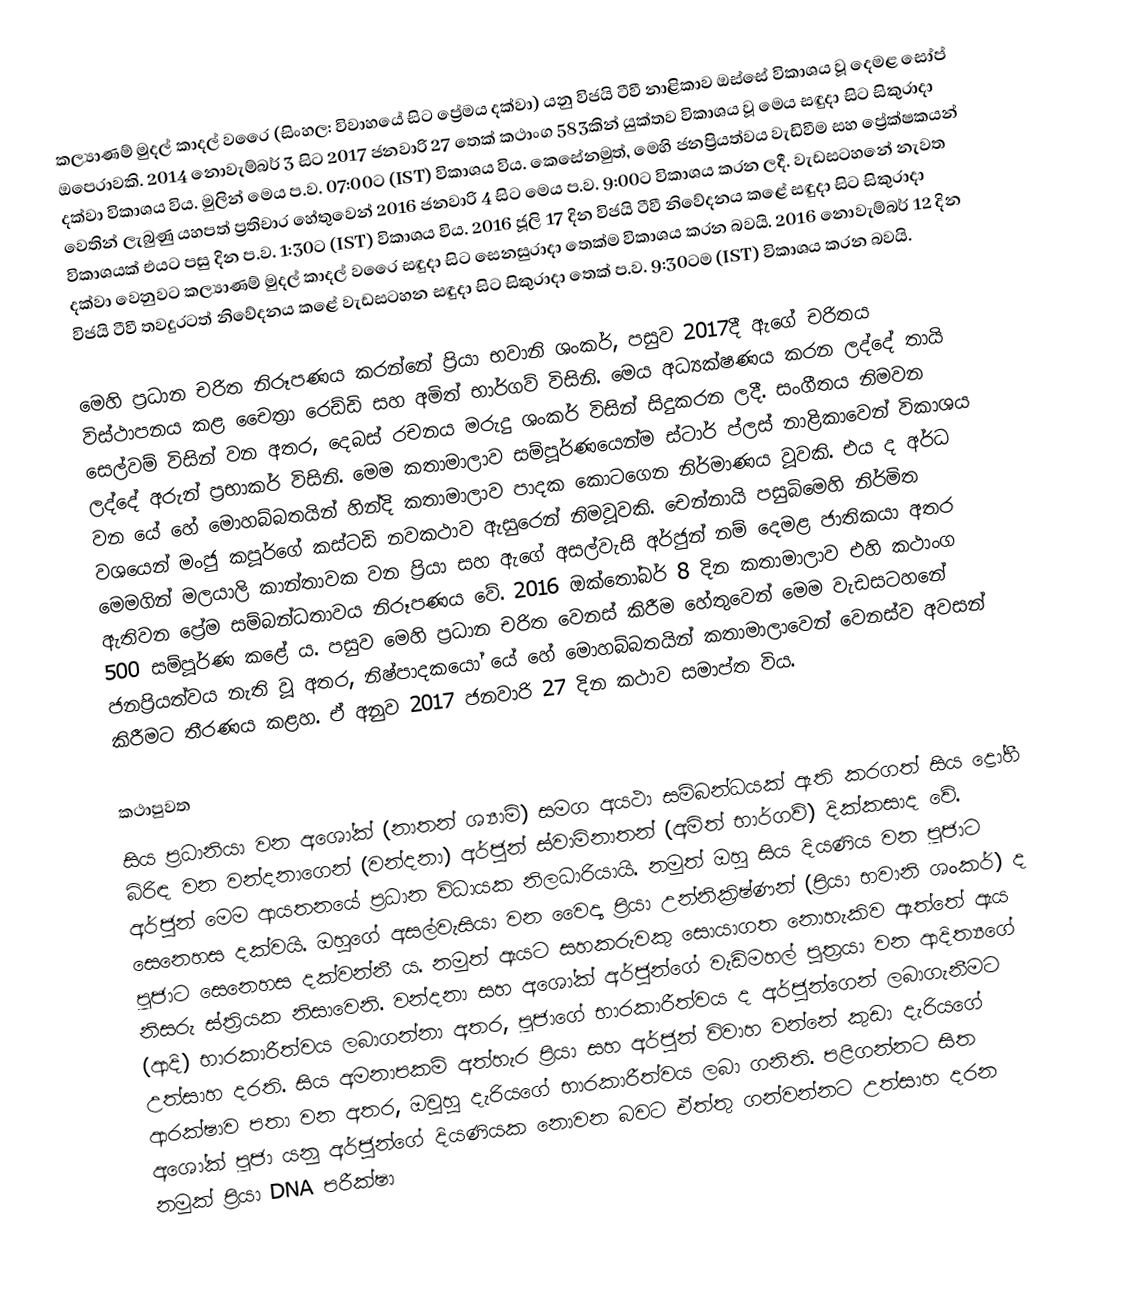
කල්‍යාණම් මුදල් කාදල් වරෛ (සිංහල: විවාහයේ සිට ප්‍රේමය දක්වා) යනු විජයි ටීවී නාළිකාව ඔස්සේ විකාශය වූ දෙමළ සෝප් ඔපෙරාවකි. 2014 නොවැම්බර් 3 සිට 2017 ජනවාරි 27 තෙක් කථාංග 583කින් යුක්තව විකාශය වූ මෙය සඳුදා සිට සිකුරාදා දක්වා විකාශය විය. මුලින් මෙය ප.ව. 07:00ට (IST) විකාශය විය. කෙසේනමුත්, මෙහි ජනප්‍රියත්වය වැඩිවීම සහ ප්‍රේක්ෂකයන් වෙතින් ලැබුණු යහපත් ප්‍රතිචාර හේතුවෙන් 2016 ජනවාරි 4 සිට මෙය ප.ව. 9:00ට විකාශය කරන ලදී. වැඩසටහනේ නැවත විකාශයක් එයට පසු දින ප.ව. 1:30ට (IST) විකාශය විය. 2016 ජූලි 17 දින විජයි ටීවී නිවේදනය කළේ සඳුදා සිට සිකුරාදා දක්වා වෙනුවට කල්‍යාණම් මුදල් කාදල් වරෛ සඳුදා සිට සෙනසුරාදා තෙක්ම විකාශය කරන බවයි. 2016 නොවැම්බර් 12 දින විජයි ටීවී තවදුරටත් නිවේදනය කළේ වැඩසටහන සඳුදා සිට සිකුරාදා තෙක් ප.ව. 9:30ටම (IST) විකාශය කරන බවයි.

මෙහි ප්‍රධාන චරිත නිරූපණය කරන්නේ ප්‍රියා භවානි ශංකර්, පසුව 2017දී ඇගේ චරිතය විස්ථාපනය කළ චෛත්‍රා රෙඩ්ඩි සහ අමිත් භාර්ගව් විසිනි. මෙය අධ්‍යක්ෂණය කරන ලද්දේ තායි සෙල්වම් විසින් වන අතර, දෙබස් රචනය මරුදු ශංකර් විසින් සිදුකරන ලදී. සංගීතය නිමවන ලද්දේ අරුන් ප්‍රභාකර් විසිනි. මෙම කතාමාලාව සම්පූර්ණයෙන්ම ස්ටාර් ප්ලස් නාළිකාවෙන් විකාශය වන යේ හේ මොහබ්බතයින් හින්දි කතාමාලාව පාදක කොටගෙන නිර්මාණය වූවකි. එය ද අර්ධ වශයෙන් මංජු කපූර්ගේ කස්ටඩි නවකථාව ඇසුරෙන් නිමවූවකි. චෙන්නායි පසුබිමෙහි නිර්මිත මෙමගින් මලයාලි කාන්තාවක වන ප්‍රියා සහ ඇගේ අසල්වැසි අර්ජුන් නම් දෙමළ ජාතිකයා අතර ඇතිවන ප්‍රේම සම්බන්ධතාවය නිරූපණය වේ. 2016 ඔක්තෝබර් 8 දින කතාමාලාව එහි කථාංග 500 සම්පූර්ණ කළේ ය. පසුව මෙහි ප්‍රධාන චරිත වෙනස් කිරීම හේතුවෙන් මෙම වැඩසටහනේ ජනප්‍රියත්වය නැති වූ අතර, නිෂ්පාදකයෝ යේ හේ මොහබ්බතයින් කතාමාලාවෙන් වෙනස්ව අවසන් කිරීමට තීරණය කළහ. ඒ අනුව 2017 ජනවාරි 27 දින කථාව සමාප්ත විය.

කථාපුවත
සිය ප්‍රධානියා වන අශෝක් (නාතන් ශ්‍යාම්) සමග අයථා සම්බන්ධයක් ඇති කරගත් සිය ද්‍රෝහී බිරිඳ වන වන්දනාගෙන් (වන්දනා) අර්ජුන් ස්වාමිනාතන් (අමිත් භාර්ගව්) දික්කසාද වේ. අර්ජුන්‍ මෙම ආයතනයේ ප්‍රධාන විධායක නිලධාරියායි. නමුත් ඔහු සිය දියණිය වන පූජාට සෙනෙහස දක්වයි. ඔහුගේ අසල්වැසියා වන වෛද්‍ය ප්‍රියා උන්නික්‍රිෂ්ණන් (ප්‍රියා භවානි ශංකර්) ද පූජාට සෙනෙහස දක්වන්නී ය. නමුත් ඇයට සහකරුවකු සොයාගත නොහැකිව ඇත්තේ ඇය නිසරු ස්ත්‍රියක නිසාවෙනි. වන්දනා සහ අශෝක් අර්ජුන්ගේ වැඩිමහල් පුත්‍රයා වන ආදිත්‍යගේ (ආදි) භාරකාරීත්වය ලබාගන්නා අතර, පූජාගේ භාරකාරීත්වය ද අර්ජුන්ගෙන් ලබාගැනීමට උත්සාහ දරති. සිය අමනාපකම් අත්හැර ප්‍රියා සහ අර්ජුන් විවාහ වන්නේ කුඩා දැරියගේ ආරක්ෂාව පතා වන අතර, ඔවුහු දැරියගේ භාරකාරීත්වය ලබා ගනිති. පළිගන්නට සිත අශෝක් පූජා යනු අර්ජුන්ගේ දියණියක නොවන බවට ඒත්තු ගන්වන්නට උත්සාහ දරන නමුක් ප්‍රියා DNA පරීක්ෂා